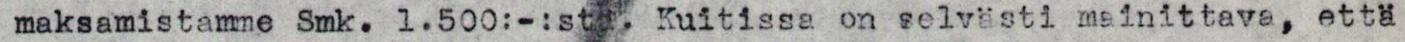
maksamistamme Smk. 1.500:-:sta. Kuitissa on selvästi mainittava, että